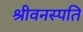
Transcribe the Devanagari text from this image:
श्रीवनस्पति